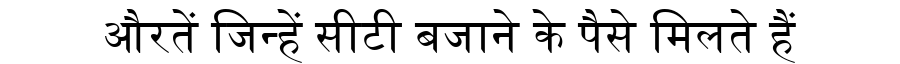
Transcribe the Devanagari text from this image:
औरतें जिन्हें सीटी बजाने के पैसे मिलते हैं